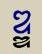
ឌ្ឌ